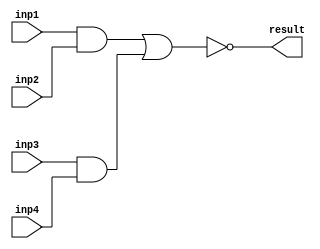
module LAB01_INRODUCTION (
    inp1,inp2,inp3,inp4,result
);
    input inp1,inp2,inp3,inp4;
    output result;
    wire t1,t2;

    assign t1=inp1 & inp2;
    assign t2=inp3 & inp4;
    assign result=~(t1|t2);
endmodule